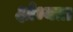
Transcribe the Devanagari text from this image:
क्षोभ्यता